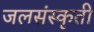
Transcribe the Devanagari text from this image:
जलसंस्कृती